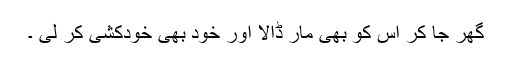
گھر جا کر اس کو بھی مار ڈالا اور خود بھی خودکشی کر لی ۔